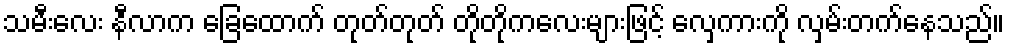
သမီးလေး နီလာက ခြေထောက် တုတ်တုတ် တိုတိုကလေးများဖြင့် လှေကားကို လှမ်းတက်နေသည်။